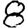
Digit: 8